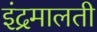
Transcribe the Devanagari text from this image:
इंद्रमालती